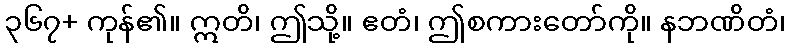
၃၆၇+ ကုန်၏။ ဣတိ၊ ဤသို့။ ဧတံ၊ ဤစကားတော်ကို။ နဘဏိတံ၊